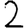
Digit: 2